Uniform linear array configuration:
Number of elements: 4
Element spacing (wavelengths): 1
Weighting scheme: kaiser
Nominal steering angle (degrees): -45
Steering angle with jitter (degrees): -46.415
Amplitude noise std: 0.05
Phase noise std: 0.05

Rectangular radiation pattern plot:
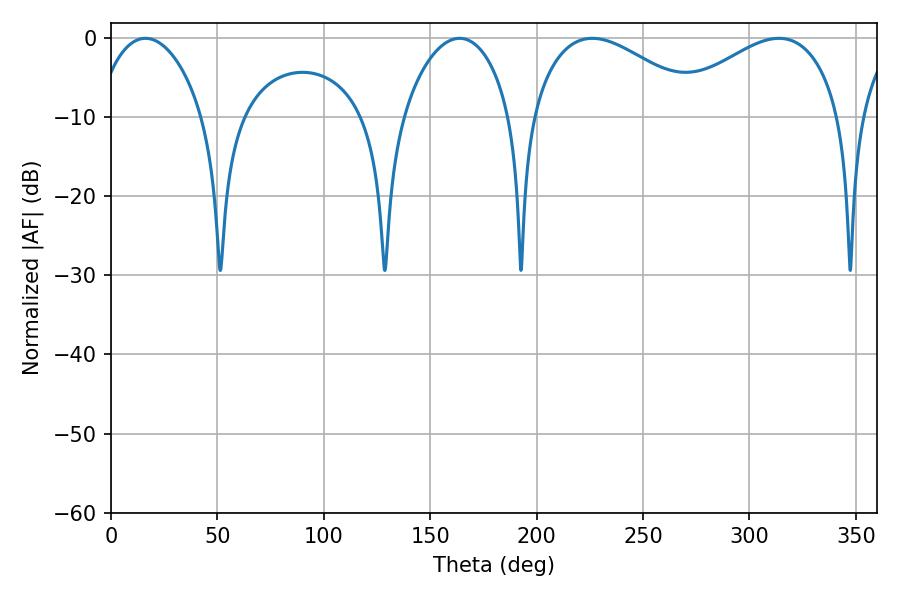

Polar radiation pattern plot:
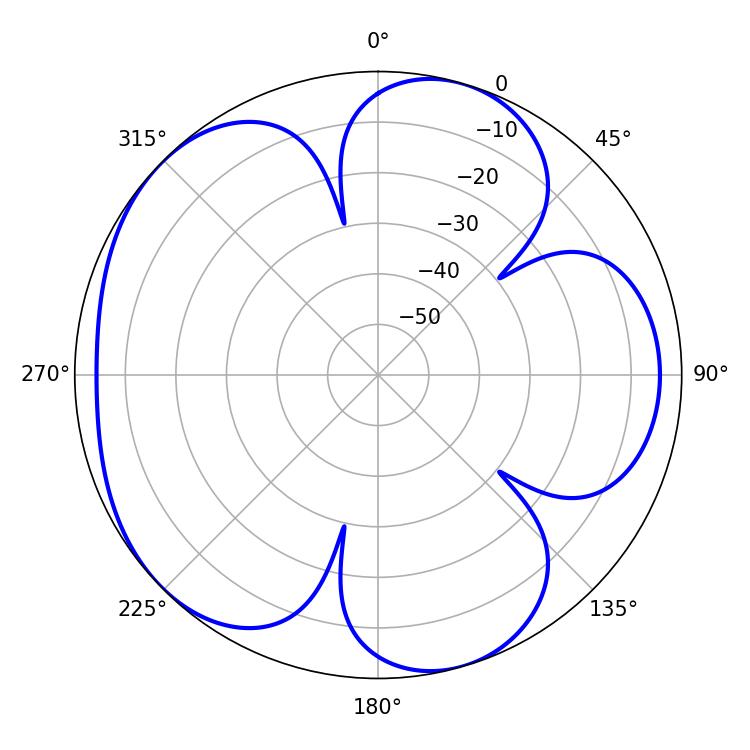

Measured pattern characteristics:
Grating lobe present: TRUE
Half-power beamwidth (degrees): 28.62
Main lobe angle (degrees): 16.2